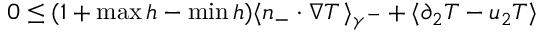
\begin{array} { r } { 0 \leq ( 1 + \operatorname* { m a x } h - \operatorname* { m i n } h ) \langle n _ { - } \cdot \nabla T \, \rangle _ { \gamma ^ { - } } + \langle \partial _ { 2 } T - u _ { 2 } T \rangle } \end{array}